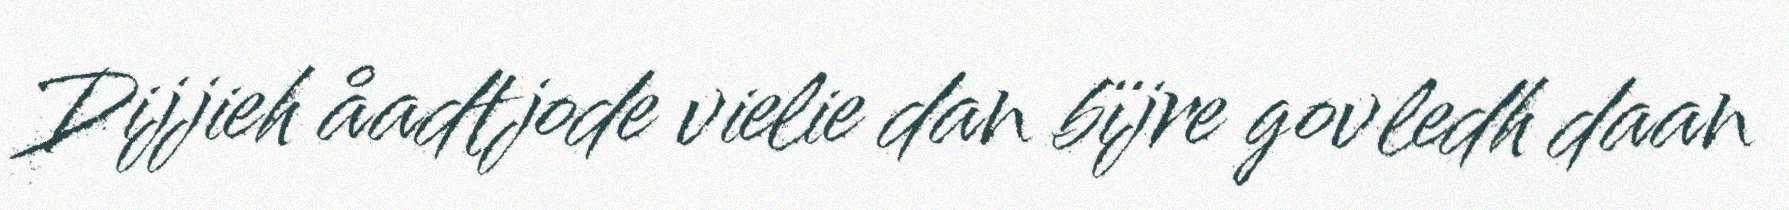
Dijjieh åadtjode vielie dan bïjre govledh daan